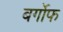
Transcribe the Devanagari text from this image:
बर्गोफ